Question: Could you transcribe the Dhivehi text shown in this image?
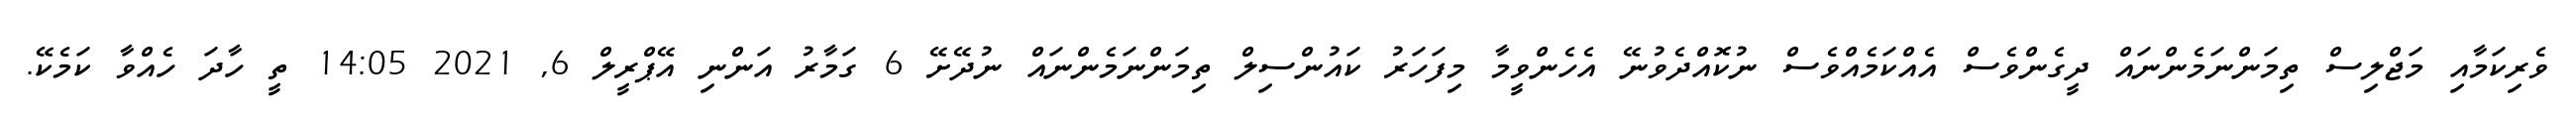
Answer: ވެރިކަމާއި މަޖްލިސް ތިމަންނަމެންނައް ދީގެންވެސް އެއްކަމެއްވެސް ނުކޮއްދެވުނޭ އެހެންވީމާ މިފަހަރު ކައުންސިލް ތިމަންނަމެންނައް ނުދޭށޭ 6 ގަމާރު އަންނި އޭޕްރީލް 6, 2021 14:05 ތީ ހާދަ ހެއްވާ ކަމެކޭ.